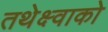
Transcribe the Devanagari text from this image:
तथेक्ष्वाको